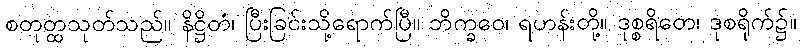
စတုတ္ထသုတ်သည်။ နိဋ္ဌိတံ၊ ပြီးခြင်းသို့ရောက်ပြီ။ ဘိက္ခဝေ၊ ရဟန်းတို့။ ဒုစ္စရိတေ၊ ဒုစရိုက်၌။